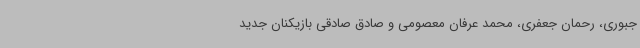
جبوری، رحمان جعفری، محمد عرفان معصومی و صادق صادقی بازیکنان جدید